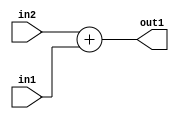
`timescale 1ps / 1ps
/*****************************************************************************
    Verilog RTL Description
    
    
    Created by: Stratus DpOpt 21.05.01 
*******************************************************************************/

module SobelFilter_Add_24Ux14U_24U_1 (
	in2,
	in1,
	out1
	); /* architecture "behavioural" */ 
input [23:0] in2;
input [13:0] in1;
output [23:0] out1;
wire [23:0] asc001;

assign asc001 = 
	+(in2)
	+(in1);

assign out1 = asc001;
endmodule

/* CADENCE  ubH1QgA= : u9/ySxbfrwZIxEzHVQQV8Q== ** DO NOT EDIT THIS LINE ******/